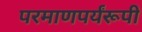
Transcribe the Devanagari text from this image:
परमाणपर्यंरूपी